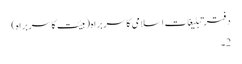
دفتر تبلیغات اسلامی کا سربراہ (ہیئت کا سربراہ)
2۔